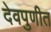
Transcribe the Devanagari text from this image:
देवपुणीत